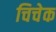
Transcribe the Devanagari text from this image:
चिचेक